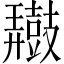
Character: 𪔠